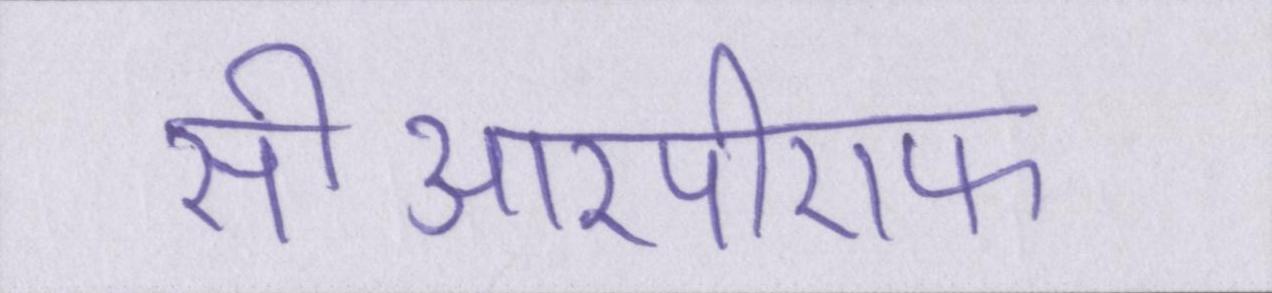
सीआरपीएफ